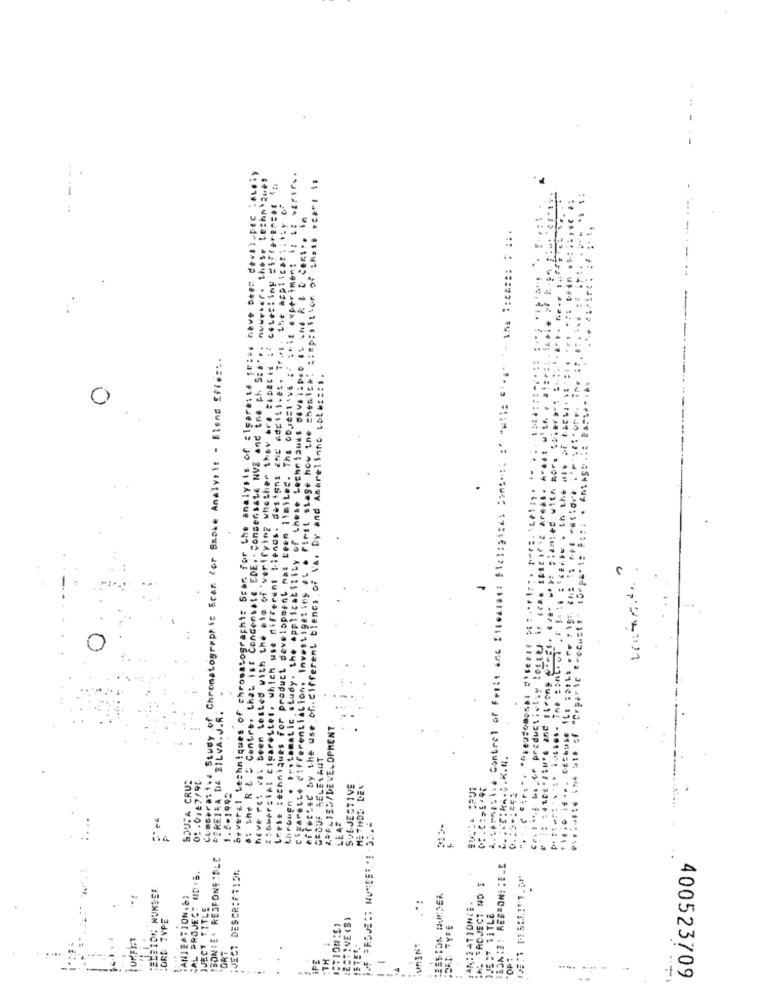
Several techniques of chromatography: Scar for the analysis of alsareita feier have been de<tl.ptc :ALeiy
LAtle techniques for product development mas ceen limited. The objective of this experiment is at warire.
geting at . First stage how the chenich: : Imposition of chase cars is
reint cigarettes, which use different tienes. designs and additives. Tru. the applicationy of
cetesting differences
licability of those techniques develipso as the & & & Centr. in
Condensate EDE. . Consensate NVE and the ph Sie ...
n Lested with the sto of 'verifying whether they are ciDecis :
of Chromatographic Bear for Smoke Analysis - Bland Efic ::.
of .. different tienes of Var by and Amarelinho nota ::: 1.
0
.
-
er productivlly losses
.: she R & D Centre, that ist
Llone Inves
and strong
The : 54
Crpar ic
through . *-. tamatic
effortsc by the us
APPLIED/DEVELOPMENT
DIREIKA DE BILVA.J
CECOUM
have ret vas b
CROUS RELEVANT
.R.N.
SJUTA CRUZ
01.0167/91
Concera: .
1.8-1998
SUBJECTIVE
METHOD DEV
...... .
LE 4F
IBONTE. RESPONSIBLE
WJEST DESCR:#7154
IBONIE: RESPON! : D_E
CAL PROJECT UD.S.
AL SACJECT NO :
TANIEATION.8)
ARIZATION(E.
IJECT TITLE
.*!
:ORD TYPE
JJEST TITLE
ORT
IPE
TH
"OP1
-
1.
400523709